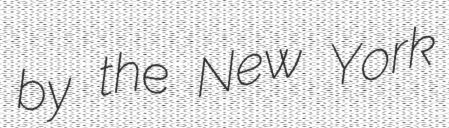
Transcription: by the New York